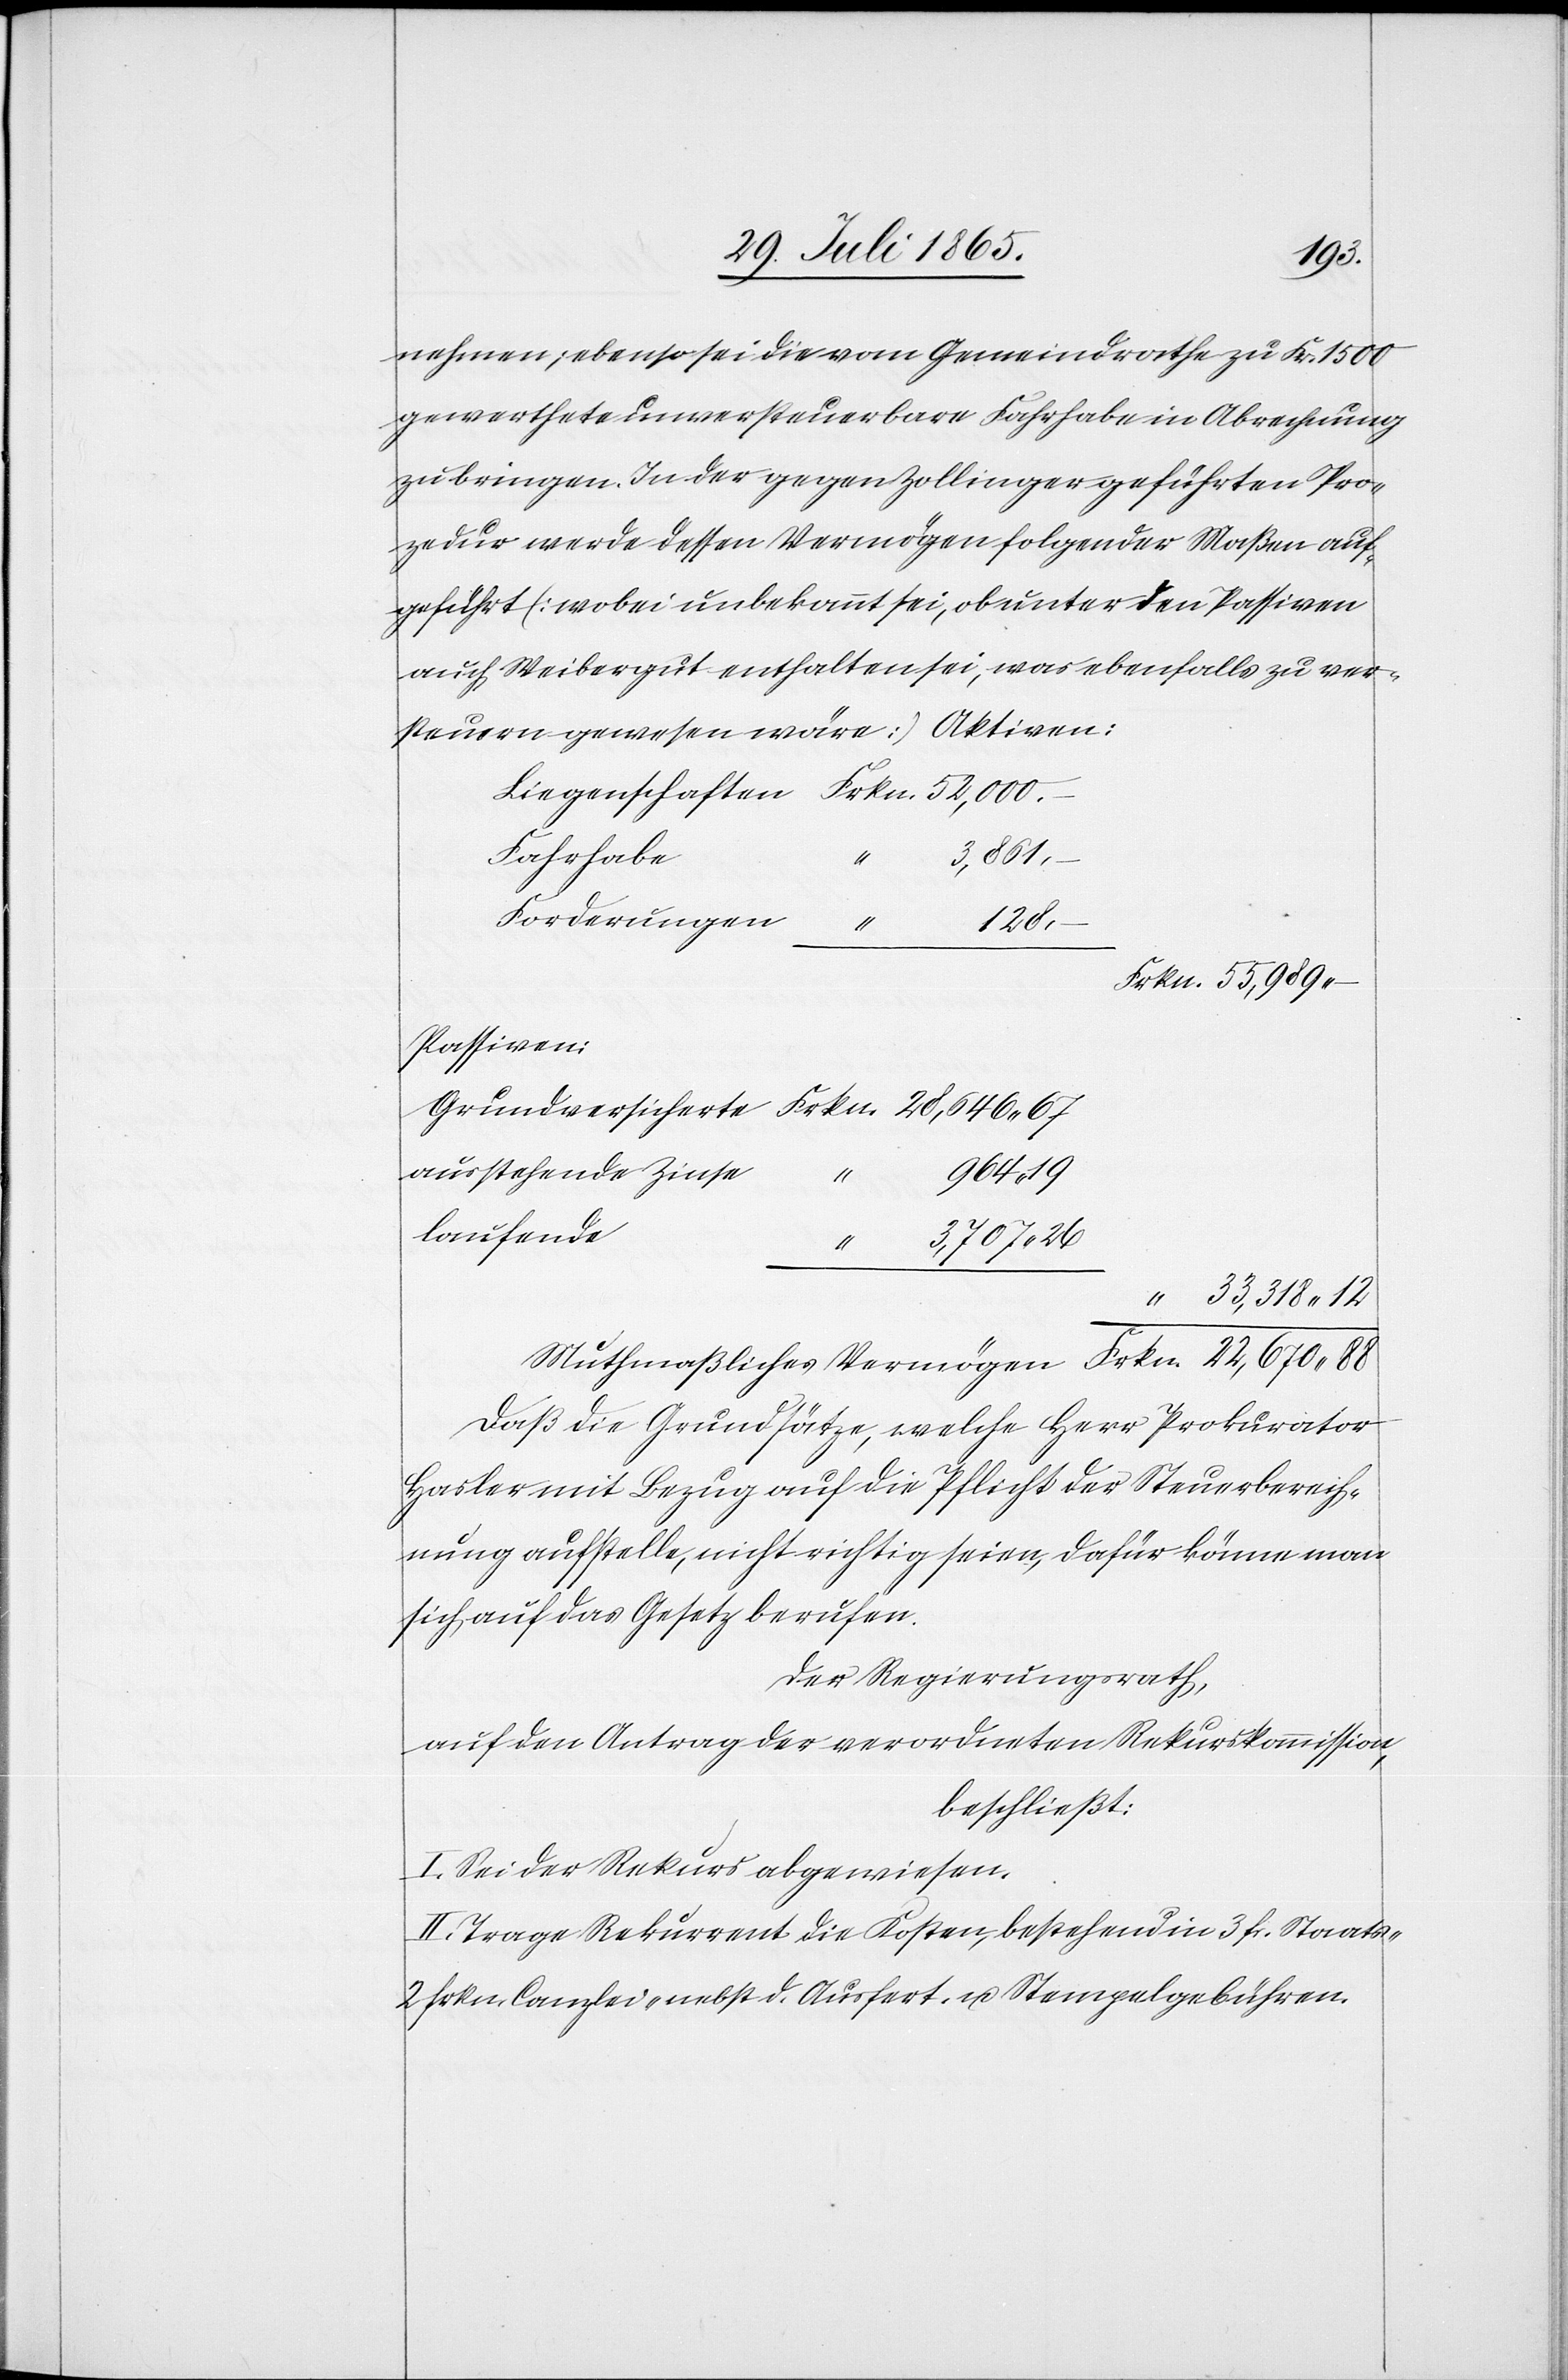
19
nehmen; ebenso sei die vom Gemeindrathe zu Fr. 1500
gewerthete unversteuerbare Fahrhabe in Abrechnung
zu bringen. In der gegen Zollinger geführten Pro¬
zedur werde dessen Vermögen folgender Maßen auf¬
geführt [wobei unbekannt sei, ob unter den Passiven
auch Weibergut enthalten sei, was ebenfalls zu ver¬
Fahrhabe
“
3,861.
Forderungen
–
“
128.
Passiven:
ausstehende Zinse
964.
laufende
Muthmaßliches
Daß die Grundsätze, welche Herr Prokurator
Hasler mit Bezug auf die Pflicht der Steuerberech¬
nung aufstelle, nicht richtig seien, dafür könne man
sich auf das Gesetz berufen.
Der Regierungsrath,
auf den Antrag der verordneten Rekurskommission,
beschließt:
I. Sei der Rekurs abgewiesen.
II. Trage Rekurrent die Kosten, bestehend in 3 fr. Staats-[,]
2 Frkn. Canzlei- nebst d. Ausfert. u. Stempelgebühren.